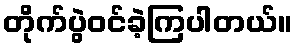
တိုက်ပွဲဝင်ခဲ့ကြပါတယ်။